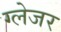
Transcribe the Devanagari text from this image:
ग्लेजर